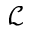
\mathcal { L }